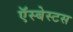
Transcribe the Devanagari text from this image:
ऍस्बेस्टस